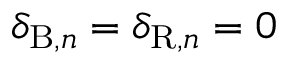
\delta _ { \mathrm { B } , n } = \delta _ { \mathrm { R } , n } = 0